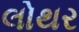
લોથર